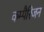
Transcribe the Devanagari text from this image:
कम्पैरिजन